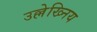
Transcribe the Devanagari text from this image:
उल्लेख्निय